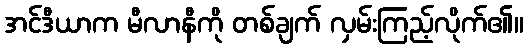
အင်ဒီယာက မီလာနီကို တစ်ချက် လှမ်းကြည့်လိုက်၏။